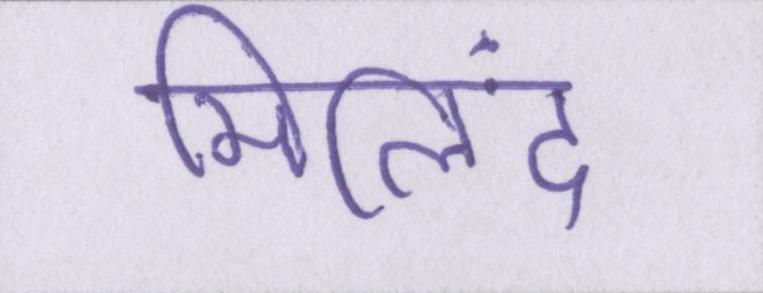
मिलिंद